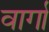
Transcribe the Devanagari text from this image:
वार्गा